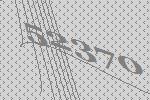
52370